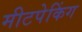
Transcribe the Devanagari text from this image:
मीटपेकिंग